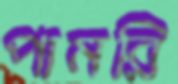
পামরি